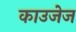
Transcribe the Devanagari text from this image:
काउजेज